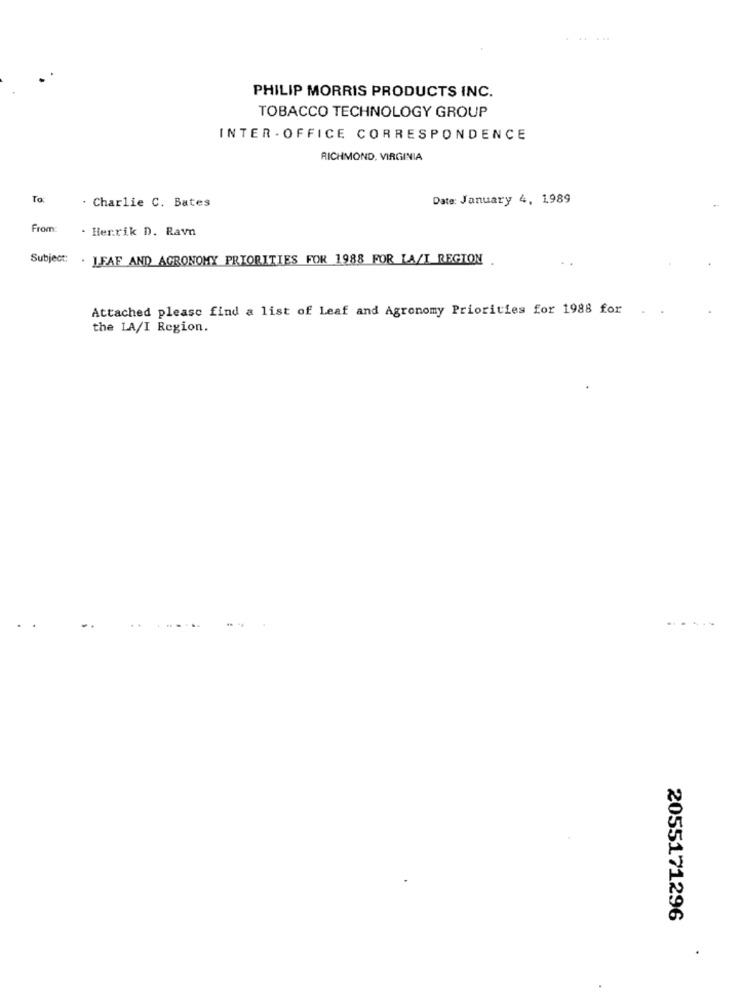
PHILIP MORRIS PRODUCTS INC.
TOBACCO TECHNOLOGY GROUP
INTER - OFFICE CORRESPONDENCE
RICHMOND, VIRGINIA
To
Date: January 4, 1989
. Charlie C. Bates
From:
. Henrik D. Ravn
Subject: . LEAF AND AGRONOMY PRIORITIES FOR 1988 FOR IA/I REGION
Attached please find a list of Leaf and Agronomy Priorities for 1988 for
the LA/I Region.
2055171296